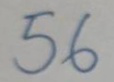
56